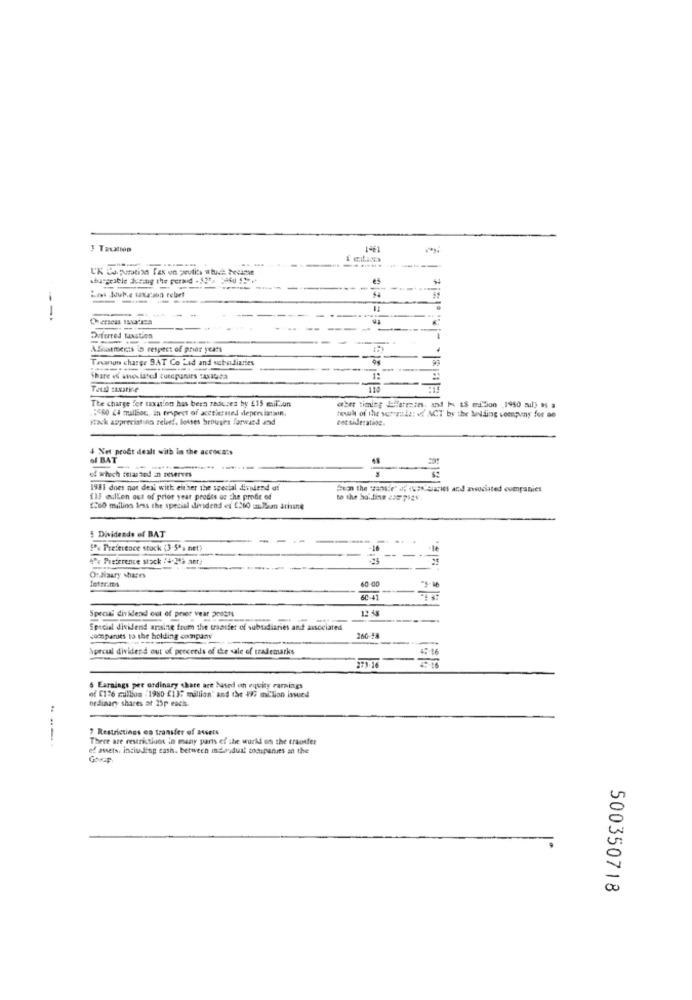
3 Taxation
1ª61
...
L'K Capuration fax on peutits atuch belize
44
Laws Joub.e taxason relief
----
--
------
Deferred taxation
ASissements is respect of prior years
Taxnon charge 9AT Co Led and uchodiaries
Share « anesiated quecpunats :AXIGza
Tall casatice
The charge for taxation has been reduces by $15 multiun
"80 La mrallion, in erspect of acctiezated depersiatain.
teilt of the vertanis of ACT by the Melding company for ao
- 1 miljon 1950 sul) .s .
stack appreciation seleet, losses brought forward and
det sideratioe.
4 Net profit dealt with in the accoca:s
SI BAT
of which sularand in Deserves
1981 does not deal with either the special dindend a!
#en the wander of ISK taries and associated companies
113 mullen out of prior year prodes oc the prodie of
to the holding a>= 75av.
1260 millions Iras the special dividend ef 260 alan ariane
5 Dividends of BAT
"'% Preference stock (3-5ºa net)
""a Preference stock /4-212 ser;
Ostiaary shares
lettr.ms
60.00
6C-41
Special dividend out of prier vear progts
Special dividend ansite from the transfer of subsidiaries and associated
compares to the holding company
Specul dividend out of percreds of the sale of trademarks
+5 16
of Eli6 million (1980 £13; million' and the 197 million issued
6 Earnings pee ordinary share are based on equity rarings
ordinary shares at 15p eachs.
7 Restrictings es transfer of assets
There are restrictluos in many parts of the world of the transfer
of assets. inciudding cash. between indovdual companies in the
Goup
500350718